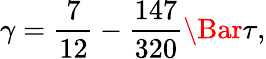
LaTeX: \gamma=\frac{7}{12}-\frac{147}{320}\Bar{\tau},